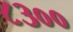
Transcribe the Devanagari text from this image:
८३००